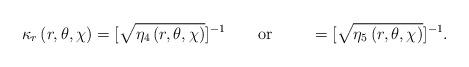
LaTeX: \begin{align*}\kappa _{r}\left( r,\theta ,\chi \right) =[\sqrt{\eta _{4}\left( r,\theta,\chi \right) }]^{-1} \qquad \mbox{or } \qquad=[\sqrt{\eta _{5}\left( r,\theta,\chi \right) }]^{-1}. \end{align*}